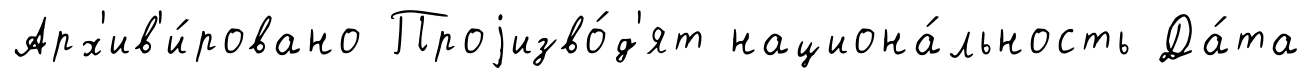
Арх'ив'и́ровано Проjизво́д'ят национа́льность Да́та